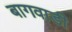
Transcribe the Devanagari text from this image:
बागवाडी